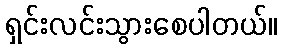
ရှင်းလင်းသွားစေပါတယ်။